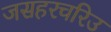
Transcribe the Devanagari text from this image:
जसहरचरिउ